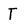
Character: T